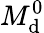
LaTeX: M_{\mathrm{d}}^{0}